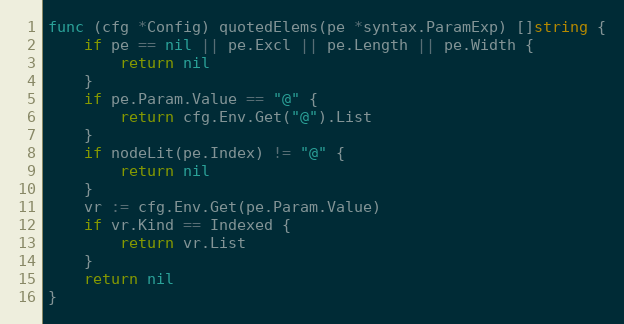
Language: Go
func (cfg *Config) quotedElems(pe *syntax.ParamExp) []string {
	if pe == nil || pe.Excl || pe.Length || pe.Width {
		return nil
	}
	if pe.Param.Value == "@" {
		return cfg.Env.Get("@").List
	}
	if nodeLit(pe.Index) != "@" {
		return nil
	}
	vr := cfg.Env.Get(pe.Param.Value)
	if vr.Kind == Indexed {
		return vr.List
	}
	return nil
}